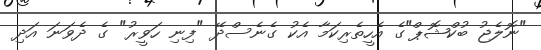
"ނޮލެޖު ބުކްޝޮޕް"ގެ އެހީތެރިކަމާ އެކު ގެނެސްދޭ "ފިނި ހަވީރު" ގެ ދެވަނަ އަދި